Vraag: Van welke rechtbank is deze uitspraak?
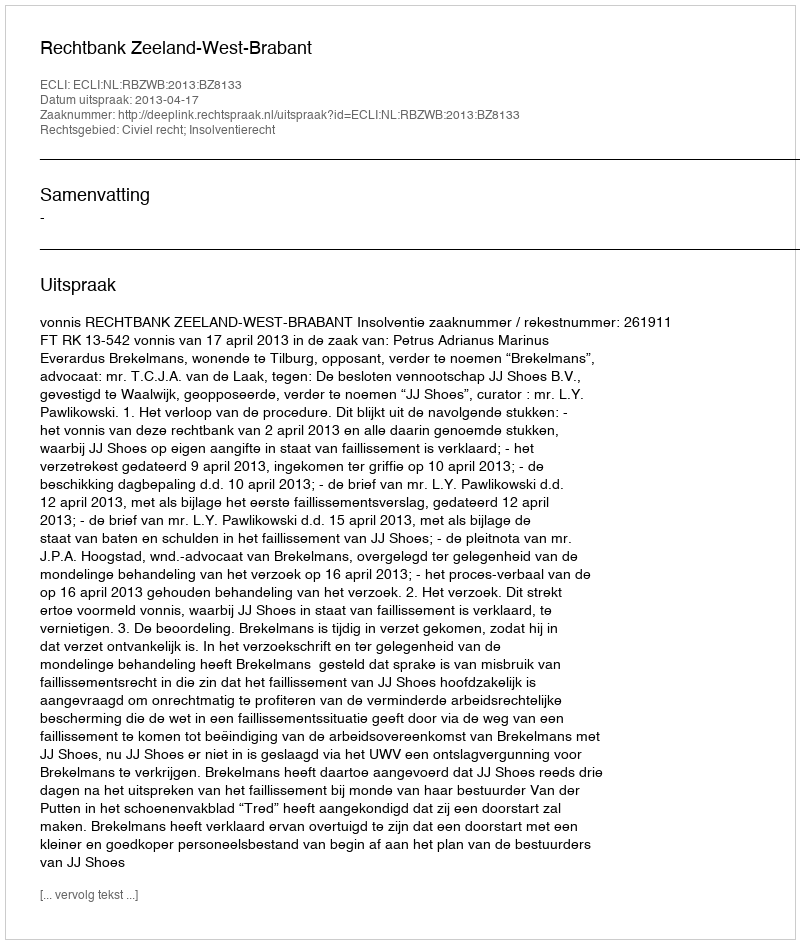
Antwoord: Rechtbank Zeeland-West-Brabant